Indian journal of veterinary science and animal husbandry - Volume 6,
Year: 1936
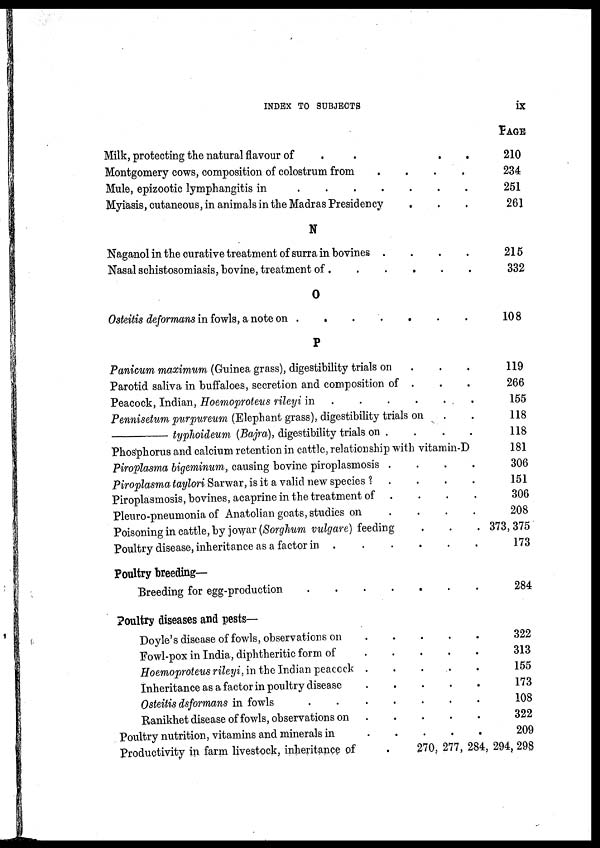
INDEX TO SUBJECTS
ix
Milk, protecting the natural flavour of
....
Montgomery cows, composition of colostrum from
....
Mule, epizootic lymphangitis in
Myiasis, cutaneous, in animals in the Madras Presidency . . .
N
Naganol in the curative treatment of surra in bovines
....
Nasal schistosomiasis, bovine, treatment of
O
Osteitis deformans in fowls, a note on .
.
.
.
.
P
Panicum maximum (Guinea grass), digestibility trials on . . .
Parotid saliva in buffaloes, secretion and composition of . . .
Peacock, Indian, Hoemoproteus rileyi in
......
Pennisetum purpureum (Elephant grass), digestibility trials on . .
—typlwideum
(Bajra), digestibility trials on . . . .
Phosphorus and calcium retention in cattle, relationship with vitamin-D
Piroplasma bigeminum, causing bovine piroplasmosis
....
Piroplasma taylori Sarwar, is it a valid new species ? . . . .
Piroplasmosis, bovines, acaprine in the treatment of . . . .
Pleuro-pneumonia of Anatolian goats, studies on
.
.
. .
Poisoning in cattle, by jowar(Sorghum vulgare) feeding . . .
Poultry disease, inheritance as a factor in
.....
Poultry breeding-
Breeding for egg-production
Poultry diseases and pests—
Doyle's disease of fowls, observations on
Fowl-pox in India, diphtheritic form of
Hoemoproteus rileyi, in the Indian peacock
......
Inheritance as a factor in poultry disease
....
Osteitis dsformans in fowls
.......
Ranikhet disease of fowls, observations on
....
Poultry nutrition, vitamins and minerals in
....
Productivity in farm livestock, inheritance of
.
PAGE
210
234
251
261
215
332
108
119
266
155
118
118
181
306
151
306
208
373,375
173
284
322
313
155
173
108
322
209
270, 277, 284, 294, 298